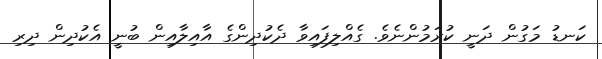
ކަނޑު މަގުން ދަނީ ކުރަމުންނެވެ. ގެއްލިފައިވާ ދެކުދިންގެ އާއިލާއިން ބުނީ އެކުދިން ދިރި